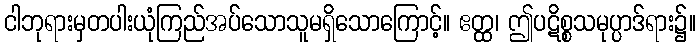
ငါဘုရားမှတပါးယုံကြည်အပ်သောသူမရှိသောကြောင့်။ ဧတ္ထ၊ ဤပဋိစ္စသမုပ္ပာဒ်ရား၌။